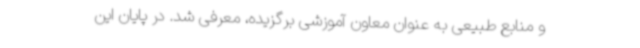
و منابع طبیعی به عنوان معاون آموزشی برگزیده، معرفی شد. در پایان این